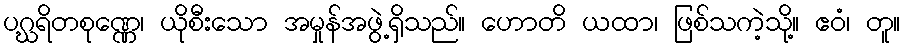
ပဂ္ဃရိတစုဏ္ဏေ၊ ယိုစီးသော အမှုန်အဖွဲ့ရှိသည်။ ဟောတိ ယထာ၊ ဖြစ်သကဲ့သို့။ ဧဝံ၊ တူ။